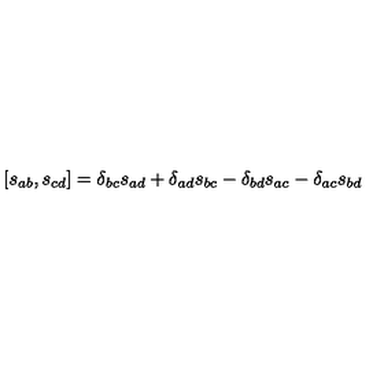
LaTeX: [ s _ { a b } , s _ { c d } ] = \delta _ { b c } s _ { a d } + \delta _ { a d } s _ { b c } - \delta _ { b d } s _ { a c } - \delta _ { a c } s _ { b d }